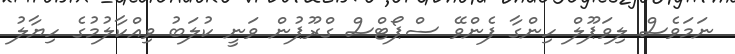
ނަމަވެސް ލިވަޕޫލް ހިންގާ ފެންވޭ ސްޕޯޓްސް ގްރޫޕުން ވަނީ ކުލަބު ވިއްކާލުމުގެ ހިޔާލު